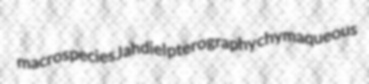
macrospecies Jahdiel pterography chymaqueous